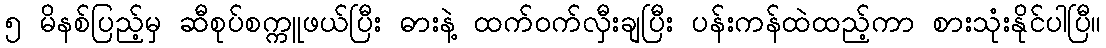
၅ မိနစ်ပြည့်မှ ဆီစုပ်စက္ကူဖယ်ပြီး ဓားနဲ့ ထက်ဝက်လှီးချပြီး ပန်းကန်ထဲထည့်ကာ စားသုံးနိုင်ပါပြီ။